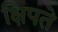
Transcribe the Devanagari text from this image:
क्षिपते